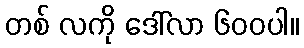
တစ် လကို ဒေါ်လာ ၆၀၀ပါ။